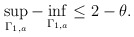
\begin{align*} \begin{aligned} \sup\limits_{\Gamma_{1,a}}-\inf\limits_{\Gamma_{1,a}}\leq 2-\theta. \end{aligned} \end{align*}